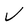
Character: V